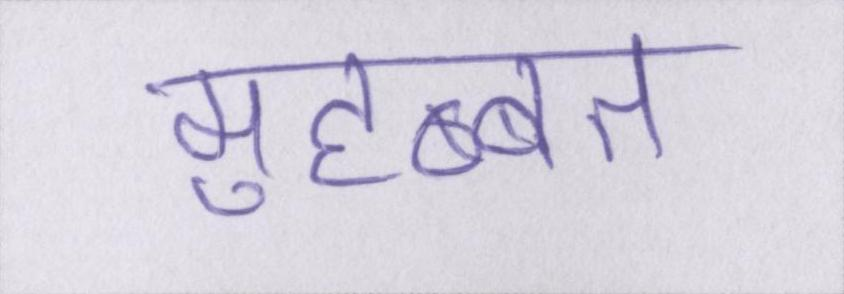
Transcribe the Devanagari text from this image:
मुहब्बत